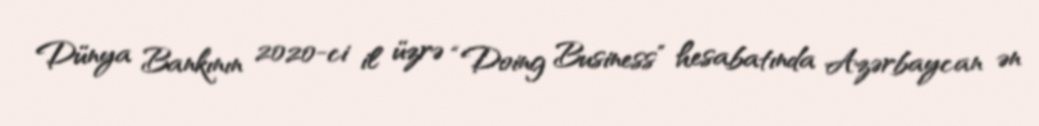
Dünya Bankının 2020-ci il üzrə “Doing Business” hesabatında Azərbaycan ən